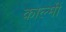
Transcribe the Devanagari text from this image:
काल्मी